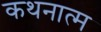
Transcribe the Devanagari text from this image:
कथनात्म